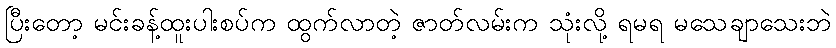
ပြီးတော့ မင်းခန့်ထူးပါးစပ်က ထွက်လာတဲ့ ဇာတ်လမ်းက သုံးလို့ ရမရ မသေချာသေးဘဲ